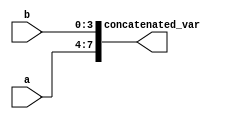
module concat_example(
    input [3:0] a,
    input [3:0] b,
    output reg [7:0] concatenated_var
);

always @(*) begin
    concatenated_var = {a, b}; // Concatenating variables a and b into concatenated_var
end

endmodule